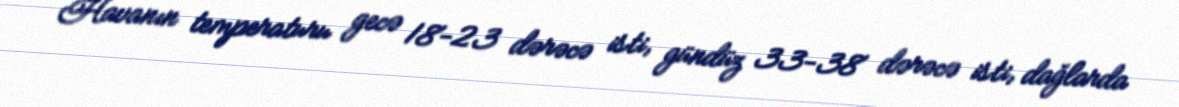
Havanın temperaturu gecə 18-23 dərəcə isti, gündüz 33-38 dərəcə isti, dağlarda